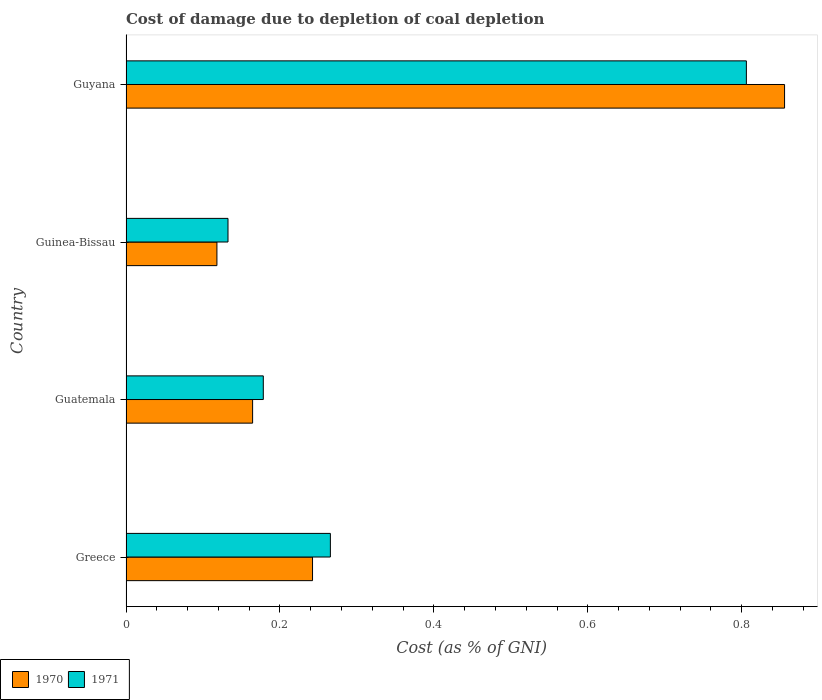
| Country | 1970 | 1971 |
 | --- | --- | --- |
 | Greece | 0.242 | 0.266 |
 | Guatemala | 0.164 | 0.178 |
 | Guinea-Bissau | 0.118 | 0.133 |
 | Guyana | 0.856 | 0.806 |